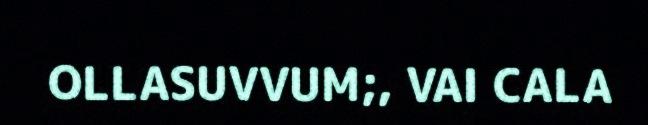
OLLASUVVUM;, VAI CALA